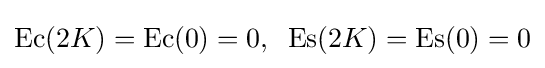
\operatorname {Ec} (2K)=\operatorname {Ec} (0)=0,\;\;\operatorname {Es} (2K)=\operatorname {Es} (0)=0